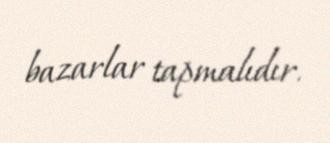
bazarlar tapmalıdır.